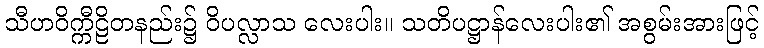
သီဟဝိက္ကီဠိတနည်း၌ ဝိပလ္လာသ လေးပါး။ သတိပဋ္ဌာန်လေးပါး၏ အစွမ်းအားဖြင့်